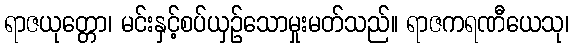
ရာဇယုတ္တော၊ မင်းနှင့်စပ်ယှဉ်သောမှုးမတ်သည်။ ရာဇကရဏီယေသု၊